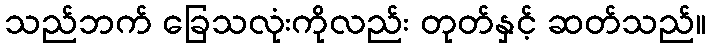
သည်ဘက် ခြေသလုံးကိုလည်း တုတ်နှင့် ဆတ်သည်။